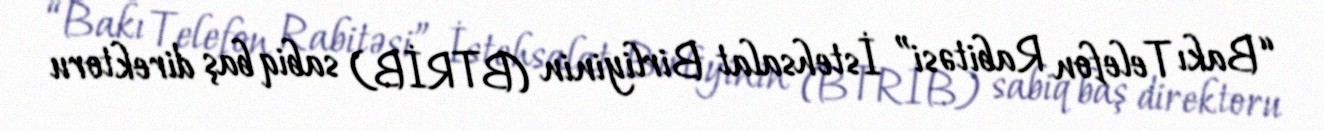
“Bakı Telefon Rabitəsi” İstehsalat Birliyinin (BTRİB) sabiq baş direktoru